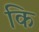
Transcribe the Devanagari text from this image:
कि